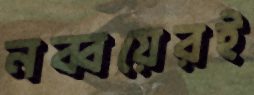
নব্বয়েরই